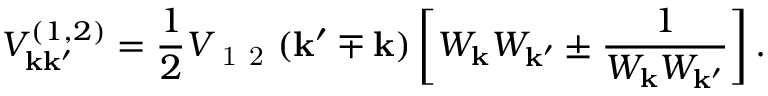
V _ { \mathbf { k } \mathbf { k } ^ { \prime } } ^ { ( 1 , 2 ) } = \frac { 1 } { 2 } V _ { \mathrm { ~ 1 ~ 2 ~ } } ( \mathbf { k } ^ { \prime } \mp \mathbf { k } ) \left[ W _ { \mathbf { k } } W _ { \mathbf { k } ^ { \prime } } \pm \frac { 1 } { W _ { \mathbf { k } } W _ { \mathbf { k } ^ { \prime } } } \right] .